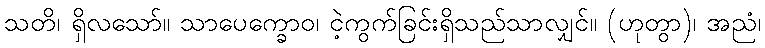
သတိ၊ ရှိလသော်။ သာပေက္ခောဝ၊ ငဲ့ကွက်ခြင်းရှိသည်သာလျှင်။ (ဟုတွာ)၊ အညံ၊